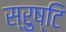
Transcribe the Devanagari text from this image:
स्रुष्टि